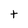
Character: t